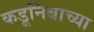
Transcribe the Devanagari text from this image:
कडूनिंबाच्या